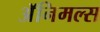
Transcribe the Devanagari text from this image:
अॅनिमल्स